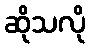
ဆိုသလို